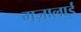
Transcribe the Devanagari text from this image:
मज़ालाई